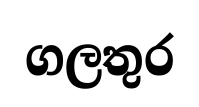
ගලතුර